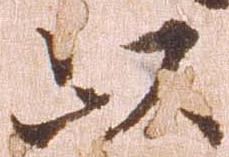
以